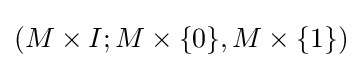
(M\times I;M\times \{0\},M\times \{1\})